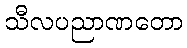
သီလပညာဏတော